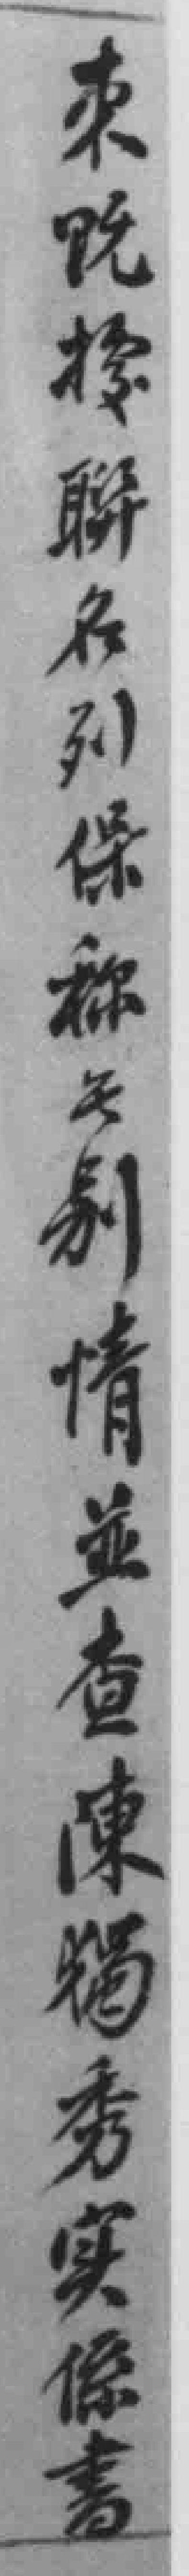
來既據聯名列保稱無别情並查陳獨秀实係書